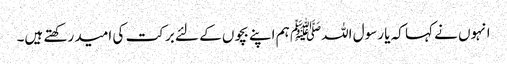
انہوں نے کہا کہ یا رسول اللہﷺ ہم اپنے بچوں کے لئے برکت کی امید رکھتے ہیں۔